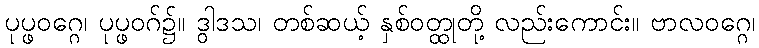
ပုပ္ဖဝဂ္ဂေ၊ ပုပ္ဖဝဂ်၌။ ဒွါဒသ၊ တစ်ဆယ့် နှစ်ဝတ္ထုတို့ လည်းကောင်း။ ဗာလဝဂ္ဂေ၊